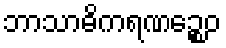
ဘာသာဓိကရဏဉ္စေဝ